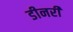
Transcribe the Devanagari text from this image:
डीनरी